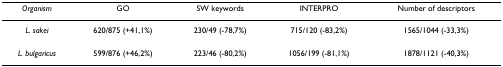
<table><thead><tr><td><b><i>Organism</i></b></td><td><b>GO</b></td><td><b>SW keywords</b></td><td><b>INTERPRO</b></td><td><b>Number of descriptors</b></td></tr></thead><tbody><tr><td><i>L. sakei</i></td><td>620/875 (+41,1%)</td><td>230/49 (-78,7%)</td><td>715/120 (-83,2%)</td><td>1565/1044 (-33,3%)</td></tr><tr><td><i>L. bulgaricus</i></td><td>599/876 (+46,2%)</td><td>223/46 (-80,2%)</td><td>1056/199 (-81,1%)</td><td>1878/1121 (-40,3%)</td></tr></tbody></table>